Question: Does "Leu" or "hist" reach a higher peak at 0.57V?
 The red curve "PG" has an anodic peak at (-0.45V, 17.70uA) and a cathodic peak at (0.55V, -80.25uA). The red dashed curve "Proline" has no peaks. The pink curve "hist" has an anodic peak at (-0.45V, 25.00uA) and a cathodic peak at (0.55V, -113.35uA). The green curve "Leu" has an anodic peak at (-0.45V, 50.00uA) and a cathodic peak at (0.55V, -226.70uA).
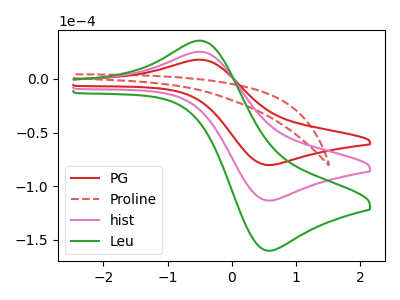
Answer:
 <answer>The peak at 0.57V is higher in "Leu" than in "hist".</answer>
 <eval>higher</eval>